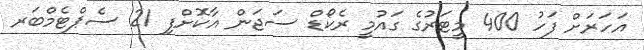
އަހަރަށް ފަހު 400 މީޓަރުގެ ގައުމީ ރެކޯޑް ސަޖަން އާކޮށްފި 21 ސެޕްޓެމްބަރ